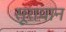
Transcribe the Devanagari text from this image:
सूरापान